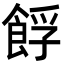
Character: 𩛞